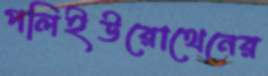
পলিইউরোথেনের